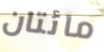
مائتان